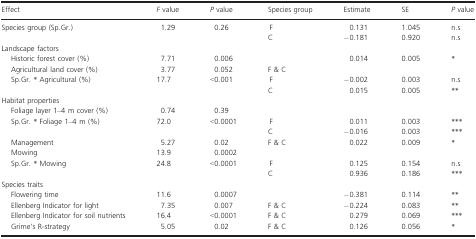
<table><thead><tr><td><b>Effect</b></td><td><b><i>F</i> value</b></td><td><b><i>P</i> value</b></td><td><b>Species group</b></td><td><b>Estimate</b></td><td><b>SE</b></td><td><b><i>P</i> value</b></td></tr></thead><tbody><tr><td rowspan="2">Species group (Sp.Gr.)</td><td rowspan="2">1.29</td><td rowspan="2">0.26</td><td>F</td><td>0.131</td><td>1.045</td><td>n.s</td></tr><tr><td>C</td><td>−0.181</td><td>0.920</td><td>n.s</td></tr><tr><td colspan="7">Landscape factors</td></tr><tr><td>Historic forest cover (%)</td><td>7.71</td><td>0.006</td><td></td><td>0.014</td><td>0.005</td><td>*</td></tr><tr><td>Agricultural land cover (%)</td><td>3.77</td><td>0.052</td><td>F &amp; C</td><td></td><td></td><td></td></tr><tr><td rowspan="2">Sp.Gr. * Agricultural (%)</td><td rowspan="2">17.7</td><td rowspan="2">&lt;0.001</td><td>F</td><td>−0.002</td><td>0.003</td><td>n.s</td></tr><tr><td>C</td><td>0.015</td><td>0.005</td><td>**</td></tr><tr><td colspan="7">Habitat properties</td></tr><tr><td>Foliage layer 1–4 m cover (%)</td><td>0.74</td><td>0.39</td><td></td><td></td><td></td><td></td></tr><tr><td rowspan="2">Sp.Gr. * Foliage 1–4 m (%)</td><td rowspan="2">72.0</td><td rowspan="2">&lt;0.0001</td><td>F</td><td>0.011</td><td>0.003</td><td>***</td></tr><tr><td>C</td><td>−0.016</td><td>0.003</td><td>***</td></tr><tr><td>Management</td><td>5.27</td><td>0.02</td><td>F &amp; C</td><td>0.022</td><td>0.009</td><td>*</td></tr><tr><td>Mowing</td><td>13.9</td><td>0.0002</td><td></td><td></td><td></td><td></td></tr><tr><td rowspan="2">Sp.Gr. * Mowing</td><td rowspan="2">24.8</td><td rowspan="2">&lt;0.0001</td><td>F</td><td>0.125</td><td>0.154</td><td>n.s</td></tr><tr><td>C</td><td>0.936</td><td>0.186</td><td>***</td></tr><tr><td colspan="7">Species traits</td></tr><tr><td>Flowering time</td><td>11.6</td><td>0.0007</td><td></td><td>−0.381</td><td>0.114</td><td>**</td></tr><tr><td>Ellenberg Indicator for light</td><td>7.35</td><td>0.007</td><td>F &amp; C</td><td>−0.224</td><td>0.083</td><td>**</td></tr><tr><td>Ellenberg Indicator for soil nutrients</td><td>16.4</td><td>&lt;0.0001</td><td>F &amp; C</td><td>0.279</td><td>0.069</td><td>***</td></tr><tr><td>Grime&#x27;s R-strategy</td><td>5.05</td><td>0.02</td><td>F &amp; C</td><td>0.126</td><td>0.056</td><td>*</td></tr></tbody></table>